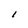
Character: I